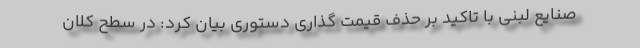
صنایع لبنی با تاکید بر حذف قیمت گذاری دستوری بیان کرد: در سطح کلان